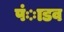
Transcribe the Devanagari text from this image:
पंाडव